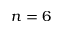
n = 6